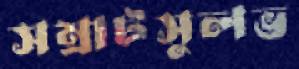
সম্রাটসুলভ